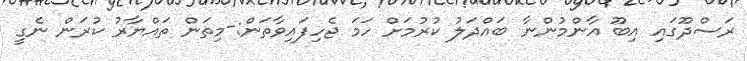
ރަސްދޫގައި އިބޫ އާންމުންނާ ބައްދަލު ކުރުމަށް ހަމަ ޖެހިފައިވާތަން:-މިތަން ތައްޔާރު ކުރަން ނެގީ